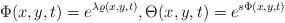
LaTeX: \begin{align*}&\Phi(x,y,t)=e^{\lambda\varrho(x,y,t)},\Theta (x,y,t)=e^{s\Phi(x,y,t)}\end{align*}